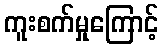
ကူးစက်မှုကြောင့်